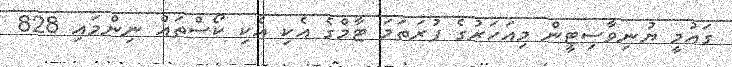
ގައުމީ ޔުނިވާސިޓީން މިއަހަރުގެ ފުރަތަމަ ޓާމްގެ އެކި އެކި ކޯސްތައް ނިންމައި 828